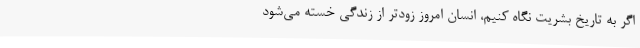
اگر به تاریخ بشریت نگاه کنیم، انسان امروز زودتر از زندگی خسته می‌شود